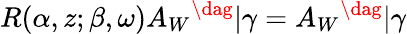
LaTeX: R(\alpha,z;\beta,\omega)A_{W}{}^{\dag}|\gamma=A_{W}{}^{\dag}|\gamma